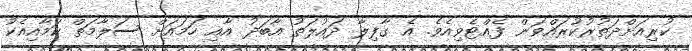
ކުރިއަށްދަތުރުކުރައްވަން ފެއްޓެވިއެވެ. އެ ގާފިލާ ދައުލަތު އާބަދު އާއި ހަމައަށް ސަލާމަތް ކަމާއިއެކު